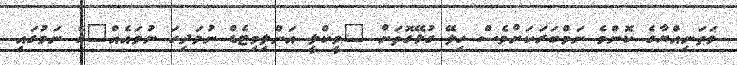
ވަތަނިއްޔާގެ ކޮންމެ ނަމްބަރަކަށްވެސް ހިލޭ ގުޅޭގޮތަށް "ވީކްލީ އަންލިމިޓެޑް ނުވަދިހަ ނުވައެއް"ގެ ނަމުގައި